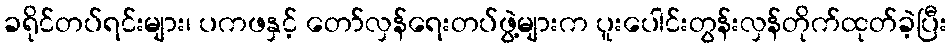
ခရိုင်တပ်ရင်းများ၊ ပကဖနှင့် တော်လှန်ရေးတပ်ဖွဲ့များက ပူးပေါင်းတွန်းလှန်တိုက်ထုတ်ခဲ့ပြီး